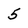
Character: 5